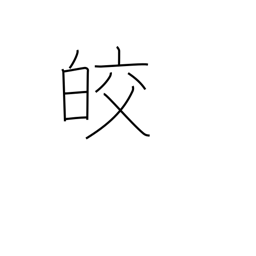
Meaning: white